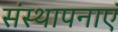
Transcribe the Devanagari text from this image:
संस्थापनाएं